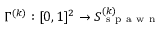
\Gamma ^ { ( k ) } : [ 0 , 1 ] ^ { 2 } \to S _ { \mathrm { ~ s ~ p ~ a ~ w ~ n ~ } } ^ { ( k ) }